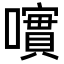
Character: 𡁃